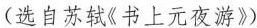
(选自苏轼《书上元夜游》)